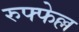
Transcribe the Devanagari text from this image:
रुफ्फेल्ल